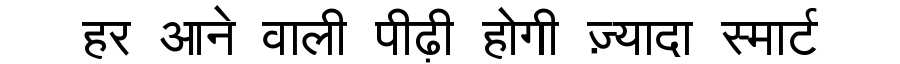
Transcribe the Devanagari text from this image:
हर आने वाली पीढ़ी होगी ज़्यादा स्मार्ट